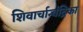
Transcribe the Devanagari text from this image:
शिवार्चान्चंद्रिका